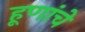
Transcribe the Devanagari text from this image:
हूणांचे